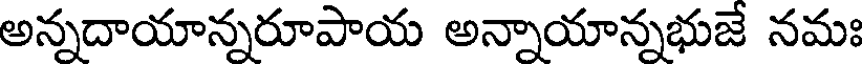
అన్నదాయాన్నరూపాయ అన్నాయాన్నభుజే నమః